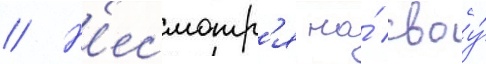
// Н'есмотр'я на́ своу́